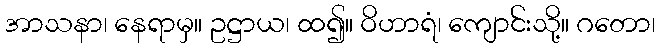
အာသနာ၊ နေရာမှ။ ဥဋ္ဌာယ၊ ထ၍။ ဝိဟာရံ၊ ကျောင်းသို့။ ဂတော၊